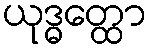
ယုဒ္ဓတ္ထော